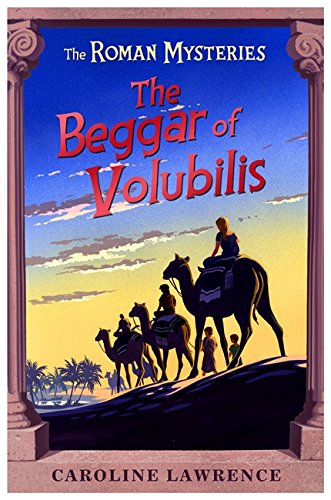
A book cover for The Beggar of Volubilis (The Roman Mysteries); Caroline Lawrence; Teen & Young Adult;